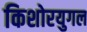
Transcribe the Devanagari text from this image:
किशोरयुगल